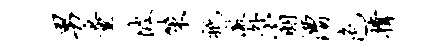
男量坡策只澈外翁漕色撑